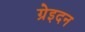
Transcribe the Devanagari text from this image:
ग्रेइदन